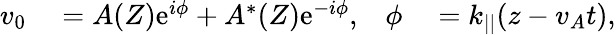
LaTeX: \begin{array}{rlrl}{v_{0}}&{{}=A(Z)\mathrm{e}^{i\phi}+A^{*}(Z)\mathrm{e}^{-i\phi},}&{\phi}&{{}=k_{||}(z-v_{A}t),}\end{array}